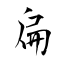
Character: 扁